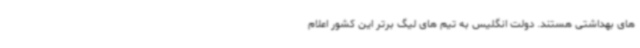
های بهداشتی هستند. دولت انگلیس به تیم های لیگ برتر این کشور اعلام